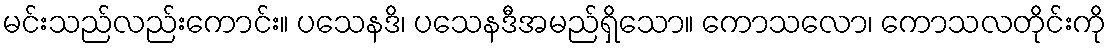
မင်းသည်လည်းကောင်း။ ပသေနဒိ၊ ပသေနဒီအမည်ရှိသော။ ကောသလော၊ ကောသလတိုင်းကို